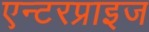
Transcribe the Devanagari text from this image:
एन्टरप्राइज